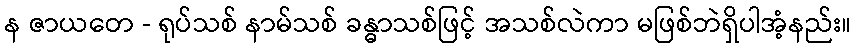
န ဇာယတေ - ရုပ်သစ် နာမ်သစ် ခန္ဓာသစ်ဖြင့် အသစ်လဲကာ မဖြစ်ဘဲရှိပါအံ့နည်း။